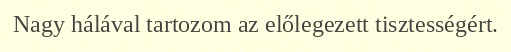
Nagy hálával tartozom az előlegezett tisztességért.